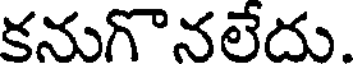
కనుగొనలేదు.